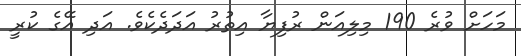
މަހަށް ވުރެ 190 މިލިއަން ރުފިޔާ އިތުރު އަދަދެކެވެ. އަދި އޭގެ ކުރީ